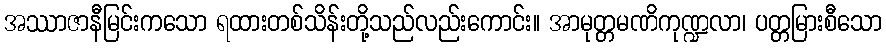
အဿာဇာနီမြင်းကသော ရထားတစ်သိန်းတို့သည်လည်းကောင်း။ အာမုတ္တမဏိကုဏ္ဍလာ၊ ပတ္တမြားစီသော